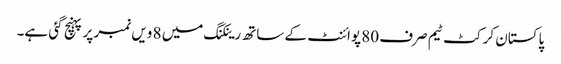
پاکستان کرکٹ ٹیم صرف 80 پوائنٹ کے ساتھ رینکنگ میں 8 ویں نمبر پر پہنچ گئی ہے۔